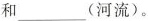
和___(河流)。